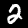
Digit: 2